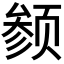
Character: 𬱬